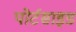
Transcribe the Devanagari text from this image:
पोर्टसाइड